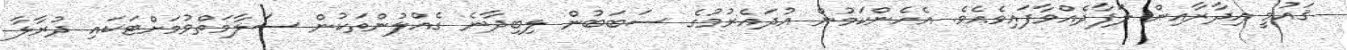
ޤައުމީ އިދާރާއިން ލަފާދެއްވާފައިވެއެވެ. އެހެންކަމުން އުދައެރުމުގެ ސަބަބުން ލިބިދާނެ ގެއްލުންތަކުން ސަލާމަތްވުމަށްޓަކައި ދުރާލާ